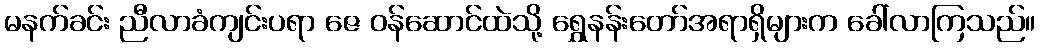
မနက်ခင်း ညီလာခံကျင်းပရာ ဇေ ဝန်ဆောင်ထဲသို့ ရွှေနန်းတော်အရာရှိများက ခေါ်လာကြသည်။